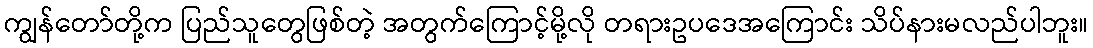
ကျွန်တော်တို့က ပြည်သူတွေဖြစ်တဲ့ အတွက်ကြောင့်မို့လို တရားဥပဒေအကြောင်း သိပ်နားမလည်ပါဘူး။